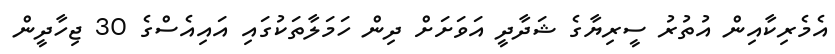
އެމެރިކާއިން އުތުރު ސީރިޔާގެ ޝަދާދީ އަވަށަށް ދިން ހަމަލާތަކުގައި އައިއެސްގެ 30 ޖިހާދީން